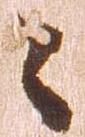
々